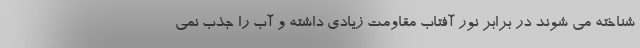
شناخته می شوند در برابر نور آفتاب مقاومت زیادی داشته و آب را جذب نمی